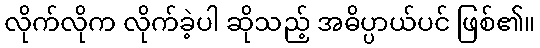
လိုက်လိုက လိုက်ခဲ့ပါ ဆိုသည့် အဓိပ္ပာယ်ပင် ဖြစ်၏။